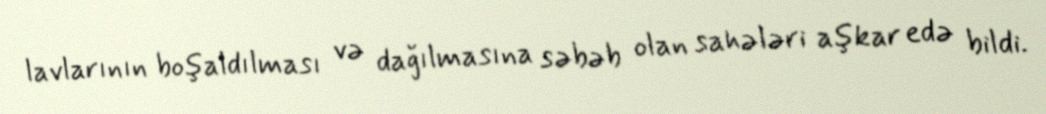
lavlarının boşaldılması və dağılmasına səbəb olan sahələri aşkar edə bildi.